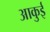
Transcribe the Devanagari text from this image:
आकुई